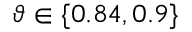
\vartheta \in \{ 0 . 8 4 , 0 . 9 \}